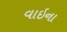
વાઇના